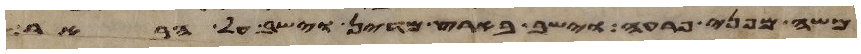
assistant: משה מפני פרעה וישב בארץ מדין וישב על הבאר